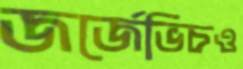
জর্জেভিচও